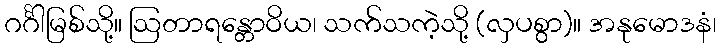
ဂင်္ဂါမြစ်သို့။ ဩတာရန္တောဝိယ၊ သက်သကဲ့သို့ (လှပစွာ)။ အနုမောဒနံ၊